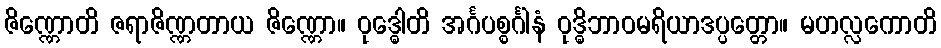
ဇိဏ္ဏောတိ ဇရာဇိဏ္ဏတာယ ဇိဏ္ဏော။ ဝုဒ္ဓေါတိ အင်္ဂပစ္စင်္ဂါနံ ဝုဒ္ဓိဘာဝမရိယာဒပ္ပတ္တော။ မဟလ္လကောတိ